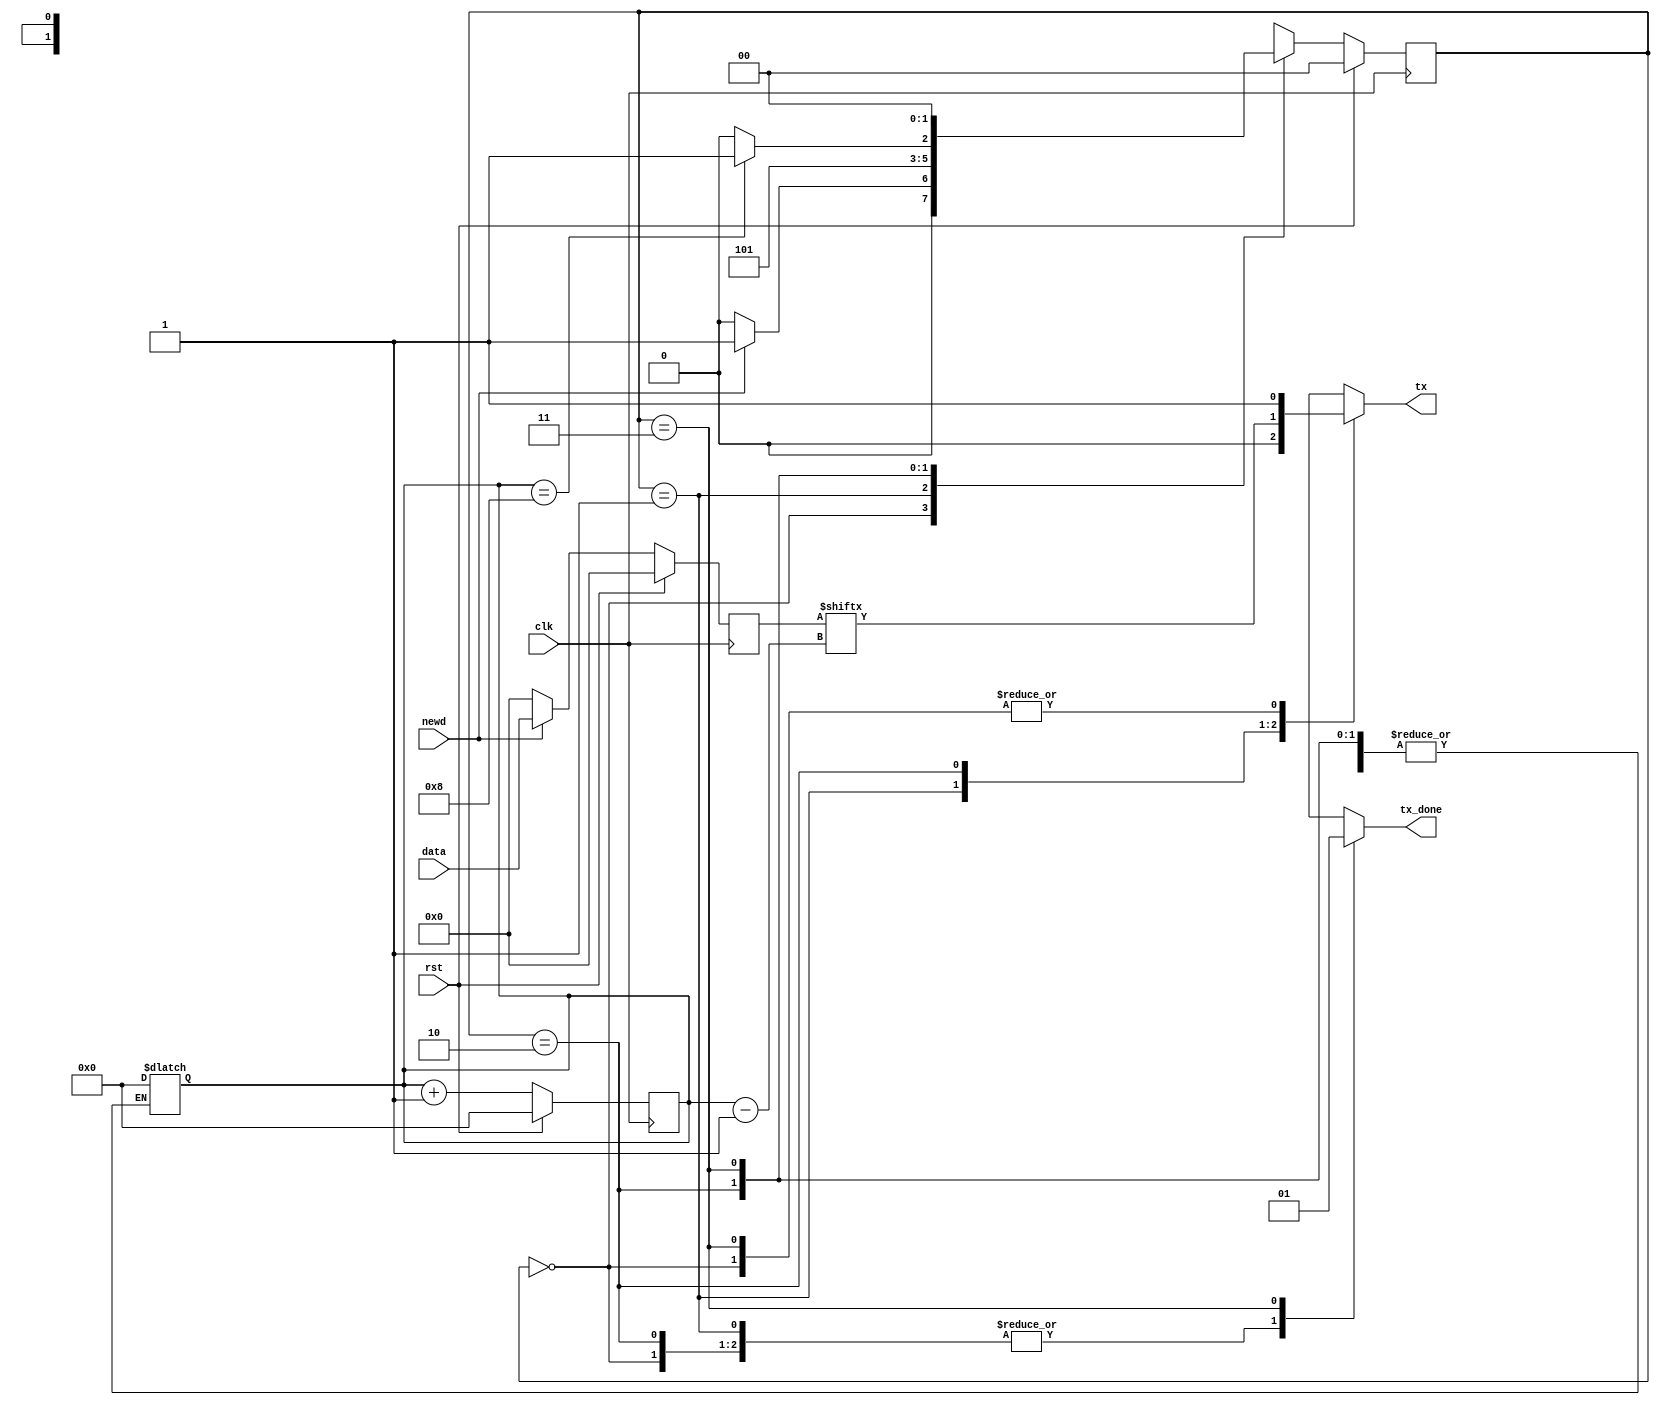
`timescale 1ns / 1ps
//////////////////////////////////////////////////////////////////////////////////
// Company: 
// Engineer: 
// 
// Design Name: 
// Module Name: tx
// Project Name: 
// Target Devices: 
// Tool Versions: 
// Description: 
// 
// Dependencies: 
// 
// Revision:
// Revision 0.01 - File Created
// Additional Comments:
// 
//////////////////////////////////////////////////////////////////////////////////


module tx(clk,rst,newd,data,tx,tx_done);
input clk,rst,newd;
input [7:0]data;
output reg tx,tx_done;

parameter idle=2'b00,start=2'b01,transfer=2'b10,done=2'b11;
reg [1:0]ps,ns;
reg [3:0]count;
reg [7:0]tmp;

always@(posedge clk)
begin
if(rst) tmp<=8'h00;
else
begin
if(newd) tmp<=data;
else tmp<=8'h00;
end
end


always@(posedge clk)
begin
if(rst) count<=0;
else count<=(count+1);
end


always@(posedge clk)
begin
if(rst) ps<=idle;
else ps<=ns;
end

always@*
begin
case(ps)

idle:
begin
if(newd) ns=start;
else ns=idle;
end

start:
begin
ns=transfer;
end

transfer:
begin
if(count==8) ns=done;
else ns=transfer;
end

done:
begin
ns=idle;
end
endcase
end

always@*
begin
case(ps)

idle:
begin
tx=1;
tx_done=0;
end

start:
begin
tx=0;
tx_done=0;
count=0;
end

transfer:
begin
tx=tmp[count-1];
tx_done=0;
end

done:
begin
tx=1;
tx_done=1;
end
endcase
end




















endmodule